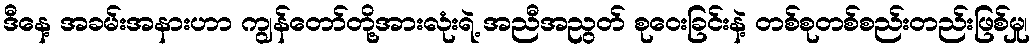
ဒီနေ့ အခမ်းအနားဟာ ကျွန်တော်တို့အားလုံးရဲ့ အညီအညွတ် စုဝေးခြင်းနဲ့ တစ်စုတစ်စည်းတည်းဖြစ်မှု၊